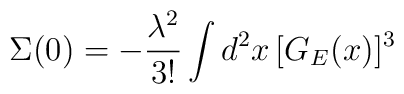
\Sigma(0)= - \frac {{\lambda}^2} {3!} \int d^2 x \,  [G_E(x)]^3